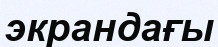
экрандағы